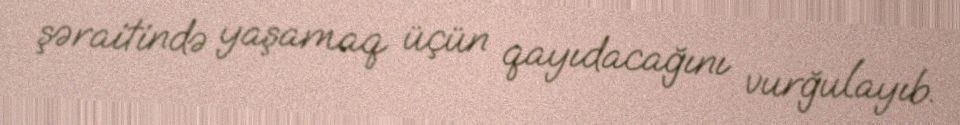
şəraitində yaşamaq üçün qayıdacağını vurğulayıb.